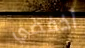
أخفضي